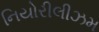
નિયોરીલીઝમ